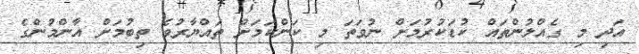
އަދި މި ގެއްލުންތައް ކުޑަކުރުމަށް ނުވަތަ މި ކަންކަމަށް ތައްޔާރުވެ ތިބުމަށް އާންމުންގެ